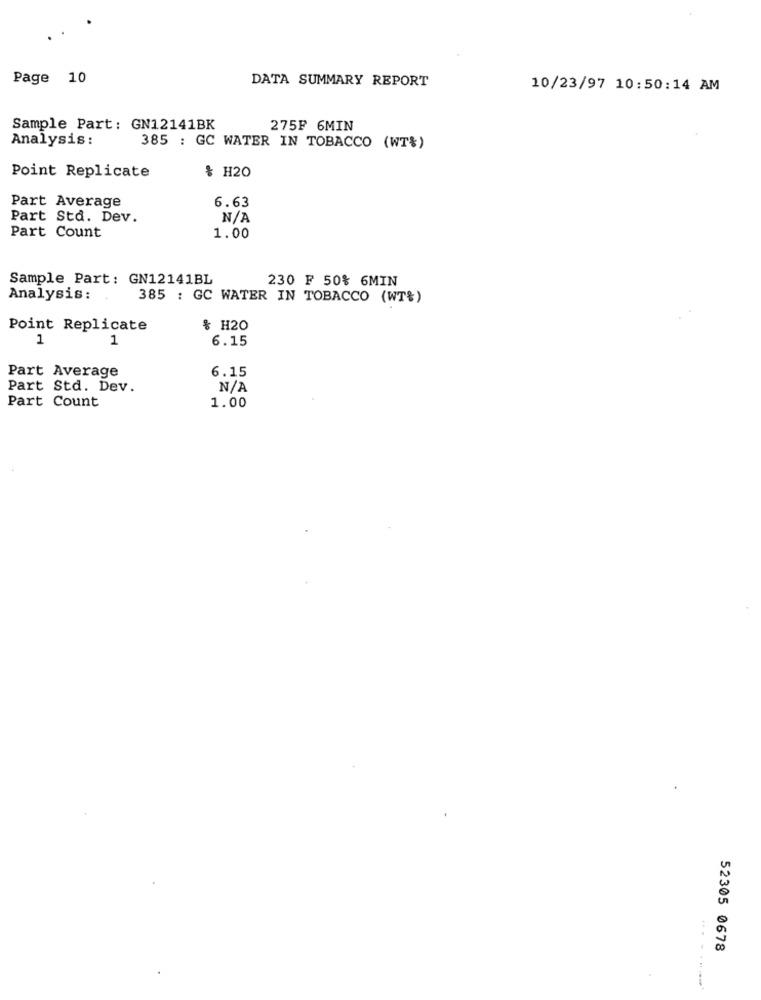
Page 10
DATA SUMMARY REPORT
10/23/97 10:50:14 AM
Sample Part: GN12141BK
275F 6MIN
Analysis :
385 : GC WATER IN TOBACCO (WT%)
Point Replicate
& H20
Part Average
6.63
Part Std. Dev.
Part Count
1.00
Sample Part: GN12141BL
230 F 50% 6MIN
Analysis:
385 : GC WATER IN TOBACCO (WT&)
Point Replicate
% H20
1
1
6.15
Part Average
6.15
Part Std. Dev.
Part Count
1.00
52305 0678